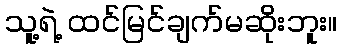
သူ့ရဲ့ ထင်မြင်ချက်မဆိုးဘူး။